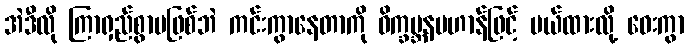
အဲဒီလို ကြာရှည်စွာမဖြစ်ဘဲ ကင်းကွာနေတာကို ဝိက္ခမ္ဘနပဟာန်ဖြင့် ပယ်ထားလို့ ဝေးကွာ